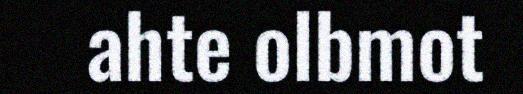
ahte olbmot